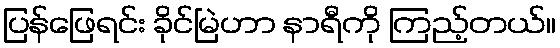
ပြန်ဖြေရင်း ခိုင်မြဲဟာ နာရီကို ကြည့်တယ်။